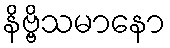
နိဗ္ဗိသမာနော